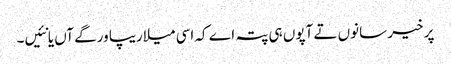
پر خیر سانوں تے آپوں ہی پتہ اے کہ اسی میلاریپا ورگے آں یا نئیں۔